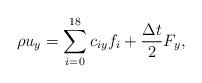
LaTeX: \begin{align*}\rho {u_y} = \sum\limits_{i = 0}^{18} {{c_{iy}}{f_i} + \frac{{\Delta t}}{2}{F_y}}, \end{align*}